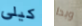
كيلى وبدا